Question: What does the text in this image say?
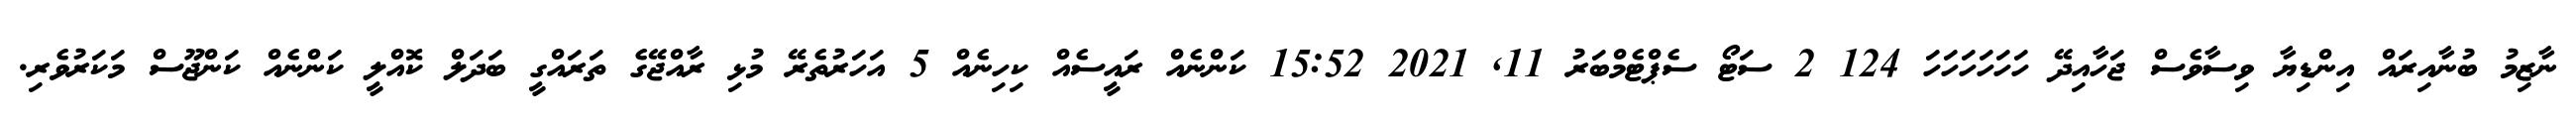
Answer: ނާޒިމު ބުނާއިރައް އިންޑިޔާ ވިސާވެސް ޖަހާއިދޭ ހަހަހަހަހަހަ 124 2 ސަޓޯ ސެޕްޓެމްބަރު 11, 2021 15:52 ކަންނެއް ރައީސެއް ކިހިނެއް 5 އަހަރުތެރޭ މުޅި ރާއްޖޭގެ ތަރައްގީ ބަދަލް ކޮއްލީ ކަންނެއް ކަންޖޫސް މަކަރުވެރި.